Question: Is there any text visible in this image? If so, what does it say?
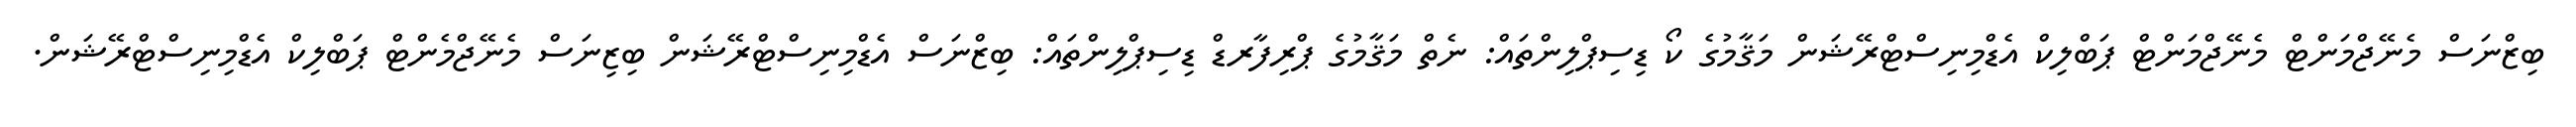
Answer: ބިޒްނަސް މެނޭޖްމަންޓް މެނޭޖްމަންޓް ޕަބްލިކް އެޑްމިނިސްޓްރޭޝަން މަޤާމުގެ ކޯ ޑިސިޕްލިންތައް: ނެތް މަޤާމުގެ ޕްރިފާރޑް ޑިސިޕްލިންތައް: ބިޒްނަސް އެޑްމިނިސްޓްރޭޝަން ބިޒިނަސް މެނޭޖްމެންޓް ޕަބްލިކް އެޑްމިނިސްޓްރޭޝަން.